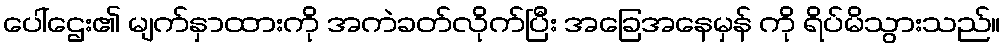
ပေါ်ဌေး၏ မျက်နှာထားကို အကဲခတ်လိုက်ပြီး အခြေအနေမှန် ကို ရိပ်မိသွားသည်။